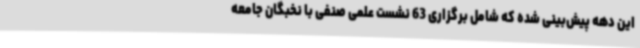
این دهه پیش‌بینی شده که شامل برگزاری 63 نشست علمی صنفی با نخبگان جامعه